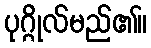
ပုဂ္ဂိုလ်မည်၏။